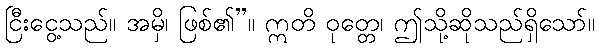
ငြီးငွေ့သည်။ အမှိ၊ ဖြစ်၏”။ ဣတိ ဝုတ္တေ၊ ဤသို့ဆိုသည်ရှိသော်။